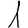
Digit: 1